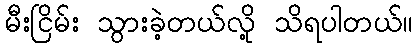
မီးငြိမ်း သွားခဲ့တယ်လို့ သိရပါတယ်။